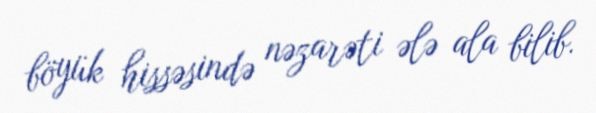
böyük hissəsində nəzarəti ələ ala bilib.